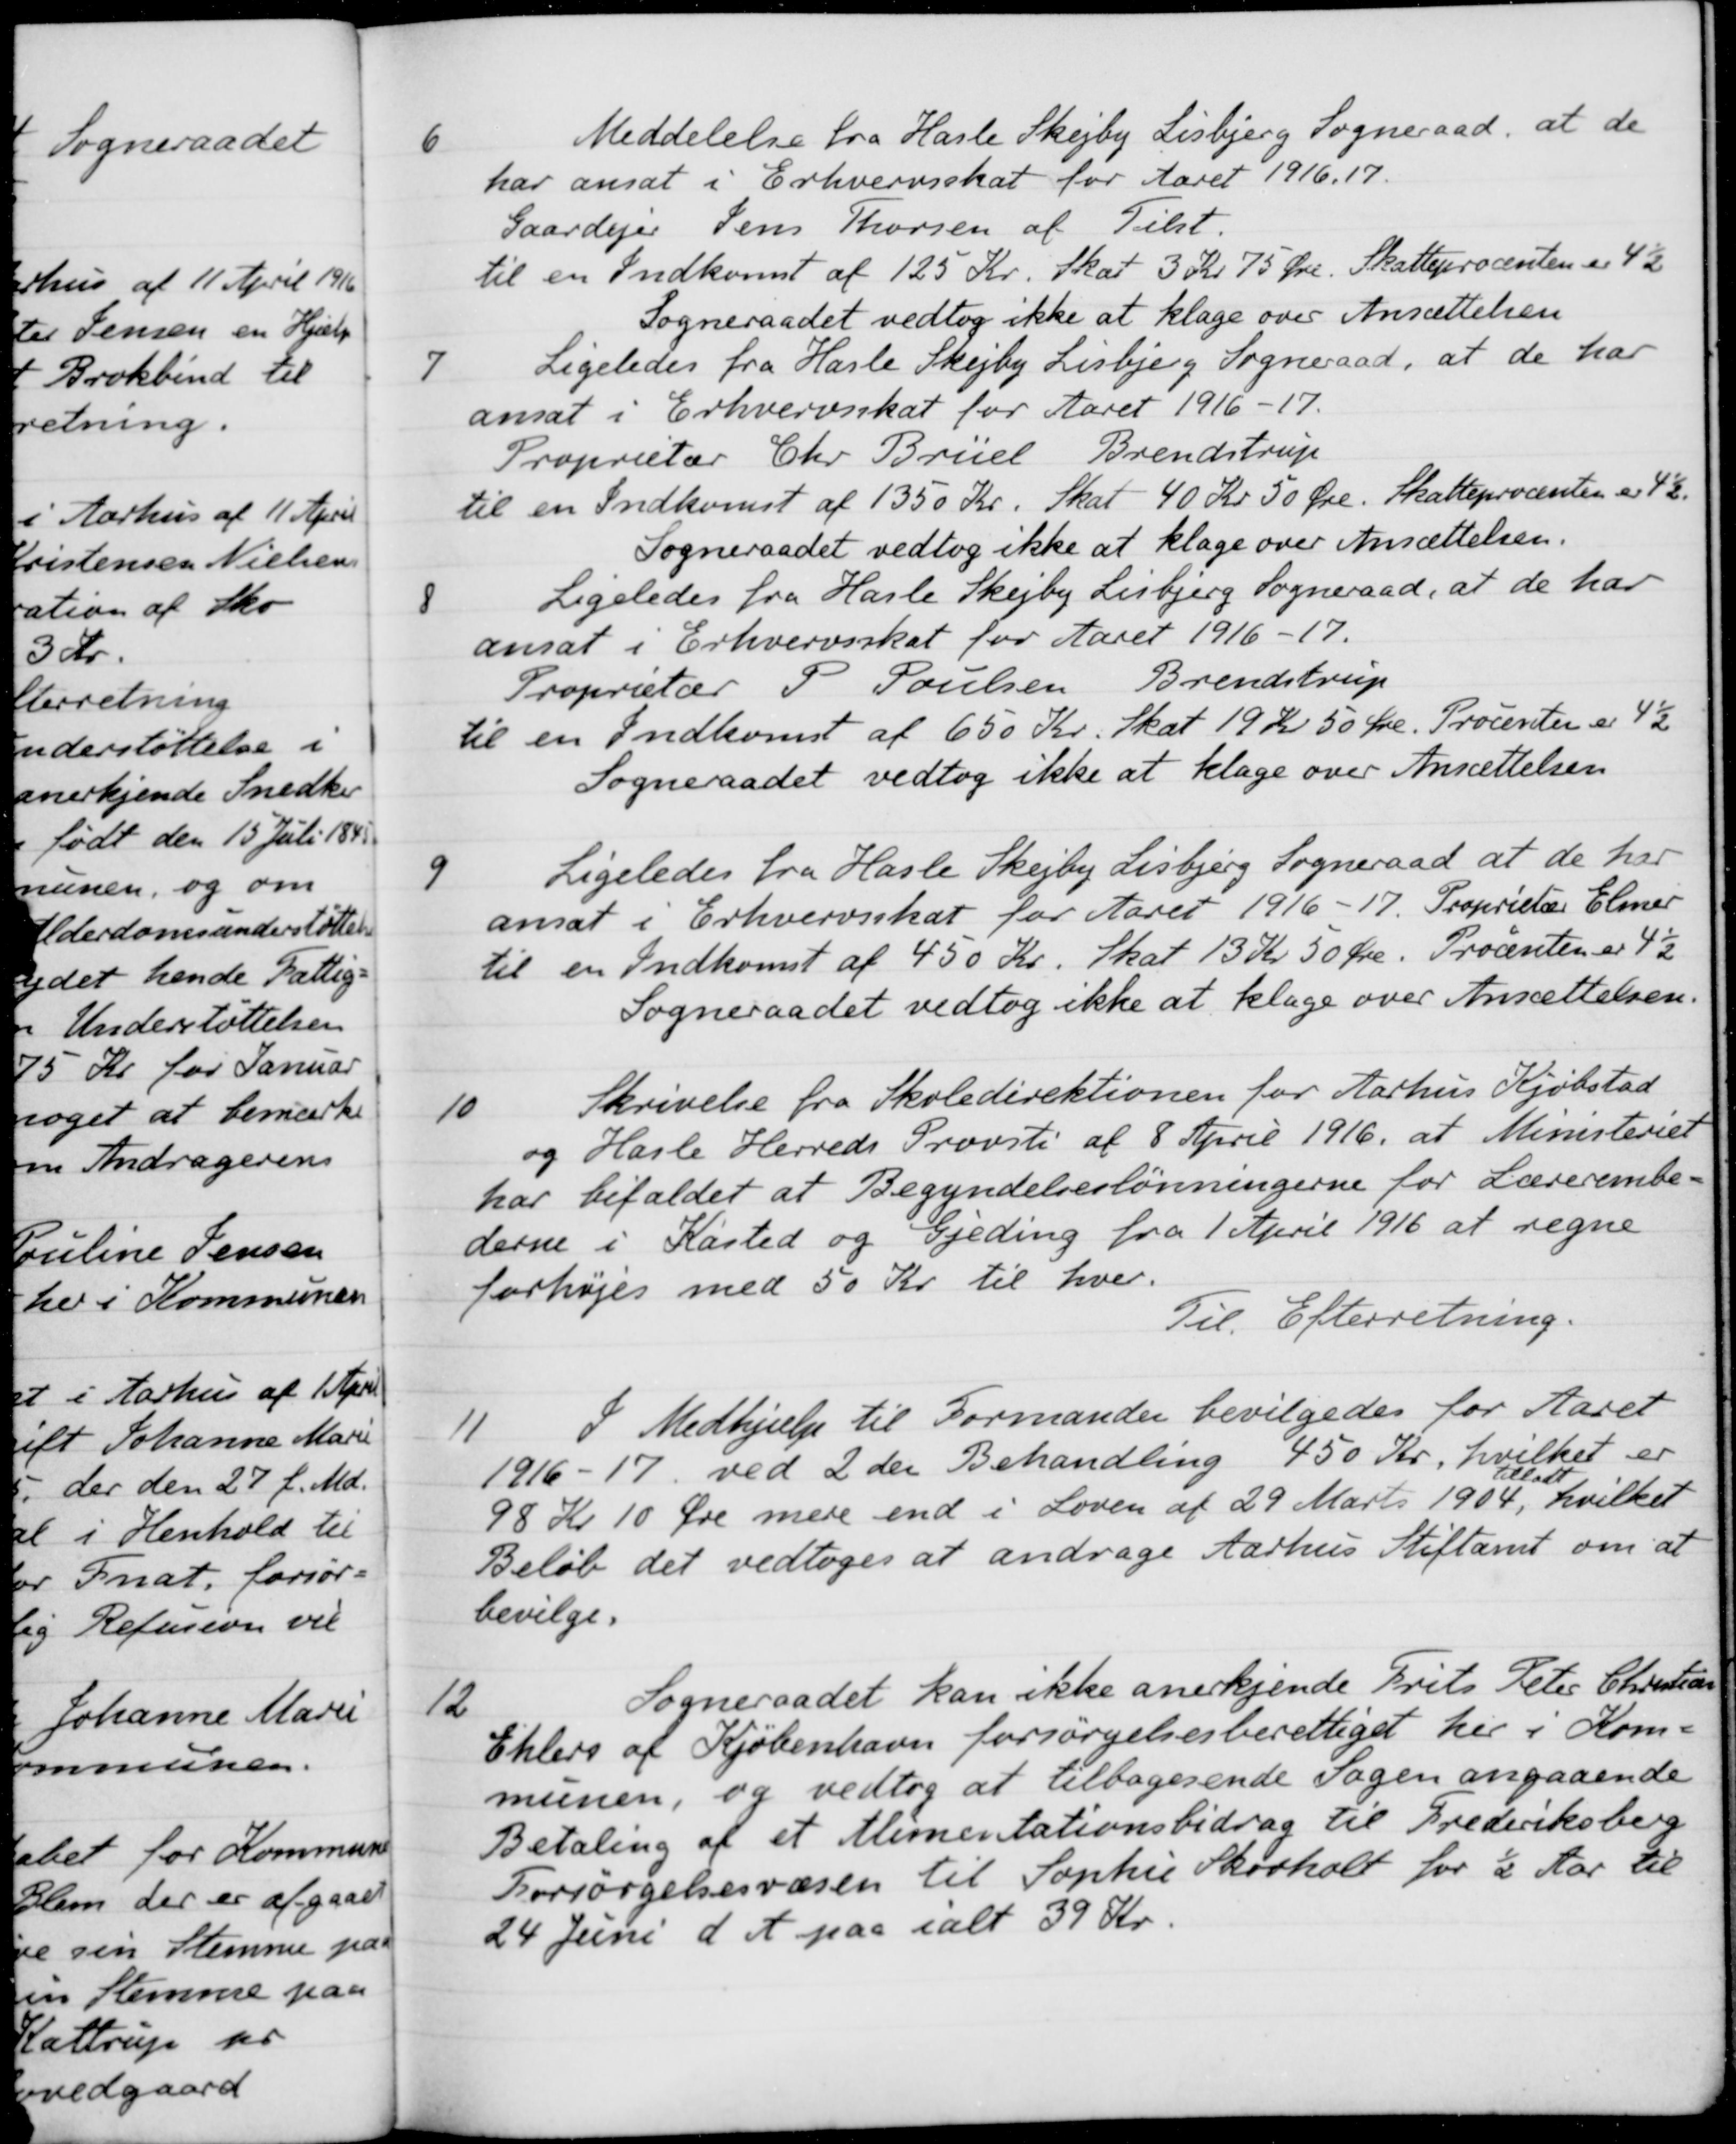
Transskription:
6
Meddelelse fra Hasle Skejby Lisbjerg Sogneraad, at de
har ansat i Erhvervsskat for Aaret 1916,17.
Gaardejer Jens Thorsen af Tilst.
til en Indkomst af 125 Kr. skat 3 Kr. 75 Øre. Skatteprocenten er 4½
Sogneraadet vedtog ikke at klage over Ansættelsen
7
Ligeledes fra Hasle Skejby Lisbjerg Sogneraad, at de har
ansat i Erhvervsskat for Aaret 1916-17.
Proprietær Chr. Brüel Brendstrup
til en Indkomst af 1350 Kr. Skat 40 Kr 50 Øre. Skatteprocenten er 4½
Sogneraadet vedtog ikke at klage over Ansættelsen.
8
Ligeledes fra Hasle Skejby Lisbjerg Sogneraad, at de har
ansat i Erhvervsskat for Aaret 1916-17.
Proprietær P. Poulsen Brendstrup
til en Indkomst af 650 Kr. skat 19 Kr 50 Øre. Procenten er 4½
Sogneraadet vedtog ikke at klage over Ansættelsen 
9
Ligeledes fra Hasle Skejby Lisbjerg Sogneraad at de har
ansat i Erhvervsskat for Aaret 1916-17. Proprietær Elmer
til en Indkomst af 450 Kr. skat 13 Kr 50 Øre. Procenten er 4½
Sogneraadet vedtog ikke at klage over Ansættelsen.
10
Skrivelse fra Skoledirektionen for Aarhus Kjøbstad
og Hasle Herreds Provsti af 8 April 1916, at Ministeriet
har bifaldet at Begyndelseslønningerne for Lærerembe-
derne i Kasted og Gjeding fra 1 April 1916 at regne
forhøjes med 50 Kr til hver.
Til Efterretning.
11
I Medhjælp til Formanden bevilgedes for Aaret
1916-17 ved 2den Behandling 450 Kr, hvilket er
98 Kr 10 Øre mere end i Loven af 29 Marts 1904 hvilket
tilladt,
Beløb det vedtoges at andrage Aarhus Stiftamt om at
bevilge.
12
Sogneraadet kan ikke anerkjende Frits Peter Christian
Ehlers af Kjøbenhavn forsørgelsesberettiget her i Kom-
munen, og vedtog at tilbagesende Sagen angaaende
Betaling af et Alimentationsbidrag til Frederiksberg
Forsørgelsesvæsen til Sophie Skovholt for ½ Aar til
24 Juni d. A. paa ialt 39 Kr.